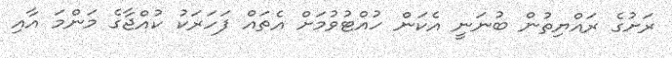
ރަށުގެ ރައްޔިތުން ބުނަނީ އެކަން ހުއްޓުވުމަށް އެތައް ފަހަރަކު ކުއްޖާގެ މަންމަ އާއި